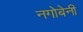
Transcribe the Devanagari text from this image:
नगोबेनी